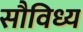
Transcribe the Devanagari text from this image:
सौविध्य